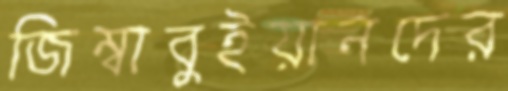
জিম্বাবুইয়ানদের